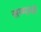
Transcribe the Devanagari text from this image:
सम्मानो